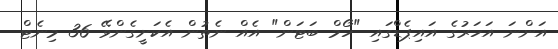
އަންނަ އަހަރުގެ އައިޕެޑްގައި "ހޯމް ބަޓަން" އެއް ނެތުން އެކަށީގެންވޭ 36 މިނެޓް